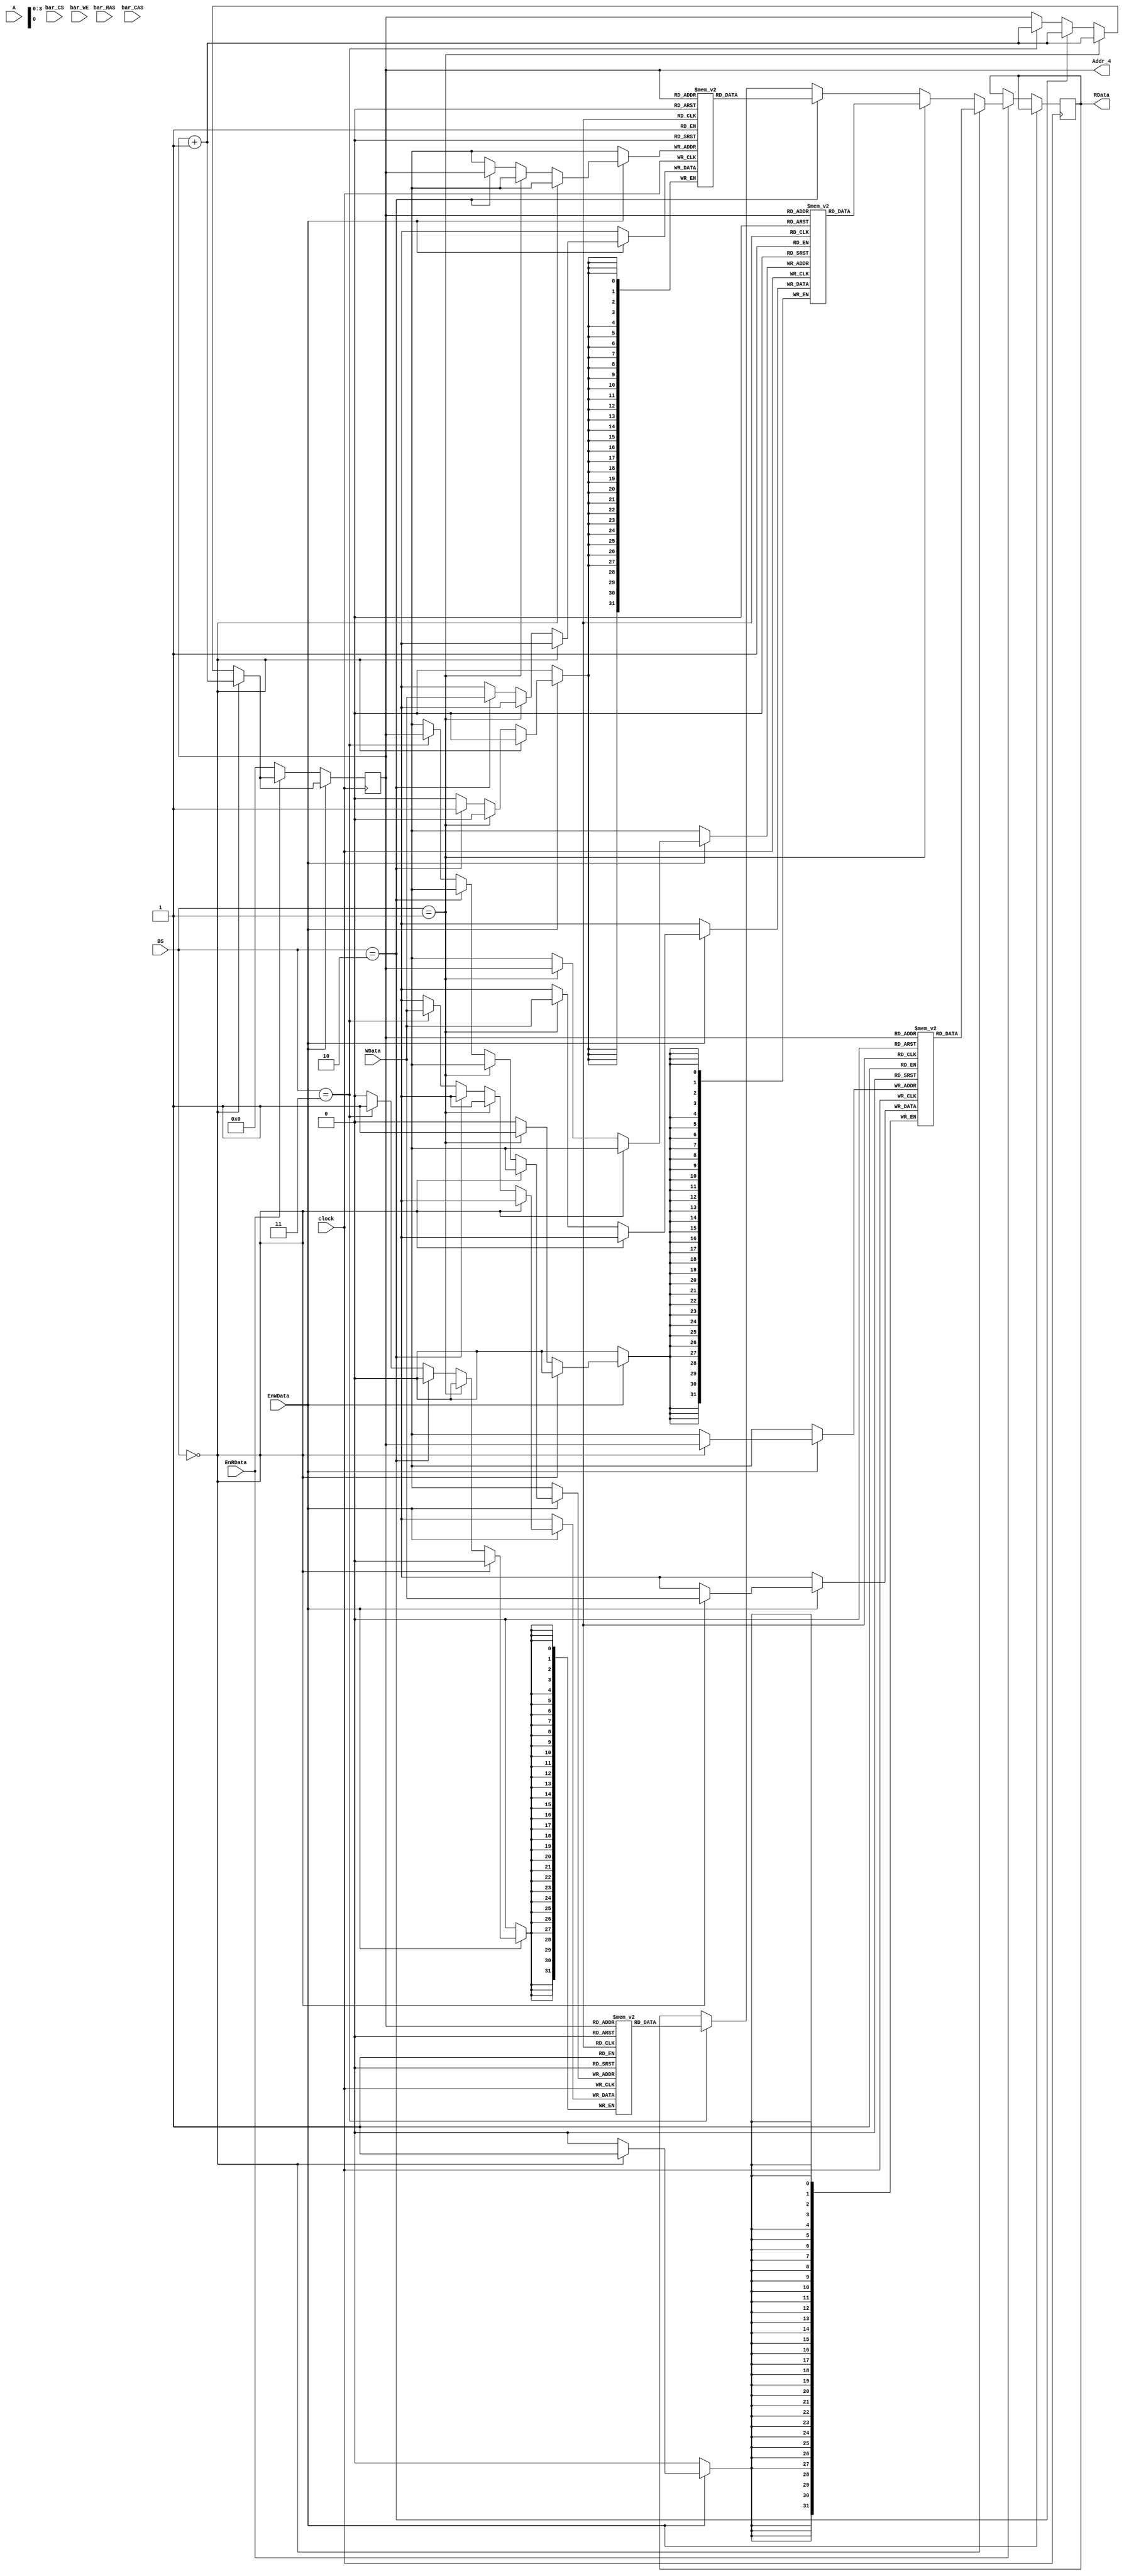
module SDRAM(clock,EnWData,EnRData,WData,BS,A,bar_CS,bar_RAS,bar_CAS,bar_WE,RData,Addr_4);
input [1:0]BS;
input [9:0]A;
input bar_CS,bar_RAS,bar_CAS,bar_WE,EnWData,EnRData,clock;
input [31:0]WData;

wire bar_CS,bar_RAS,bar_CAS,bar_WE,EnWData,EnRData,clock;
wire [1:0]BS;
wire [9:0]A;
wire [31:0]WData;

output [31:0]RData;
output [3:0]Addr_4;


reg [31:0]Bank_0[0:8];
reg [31:0]Bank_1[0:8];
reg [31:0]Bank_2[0:8];
reg [31:0]Bank_3[0:8];
reg [31:0]RData;
reg [3:0]Addr_4;


always @(posedge clock)
begin
	
	if(EnWData)//write
	begin
		
		if(BS == 2'b00)
		begin
			Bank_0[Addr_4] <= WData;
			Addr_4 = Addr_4 + 1;
		end
		else if(BS == 2'b01)
		begin
			Bank_1[Addr_4] <= WData;
			Addr_4 = Addr_4 + 1;
		end
		else if(BS == 2'b10)
		begin
			Bank_2[Addr_4] <= WData;
			Addr_4 = Addr_4 + 1;
		end
		else if(BS == 2'b11)
		begin
			Bank_3[Addr_4] <= WData;
			Addr_4 = Addr_4 + 1;
		end
		
	end

	else if(EnRData)//read
	begin
		
		if(BS == 2'b00)
		begin
			RData <= Bank_0[Addr_4];
			Addr_4 = Addr_4 + 1;
		end
		else if(BS == 2'b01)
		begin
			RData <= Bank_1[Addr_4];
			Addr_4 = Addr_4 + 1;
		end
		else if(BS == 2'b10)
		begin
			RData <= Bank_2[Addr_4];
			Addr_4 = Addr_4 + 1;
		end
		else if(BS == 2'b11)
		begin
			RData <= Bank_3[Addr_4];
			Addr_4 = Addr_4 + 1;
		end
		
	end
	else
	begin
		Addr_4 = 4'b0;
	end

end
endmodule